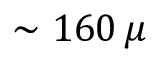
\sim 1 6 0 \, \mu